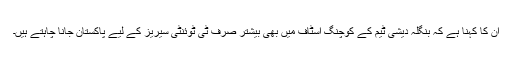
ان کا کہنا ہے کہ بنگلہ دیشی ٹیم کے کوچنگ اسٹاف میں بھی بیشتر صرف ٹی ٹوئنٹی سیریز کے لیے پاکستان جانا چاہتے ہیں۔